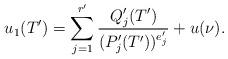
LaTeX: \begin{align*}u_1(T')=\sum_{j=1}^{r'}\frac{Q'_j(T')}{(P'_j(T'))^{e'_j}}+u(\nu).\end{align*}